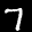
Label: 7